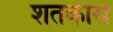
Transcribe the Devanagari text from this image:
शतकास